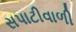
સપાટીવાળી